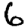
Digit: 6